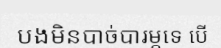
បងមិនបាច់បារម្ភទេ បើ